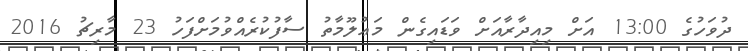
ދުވަހުގެ 13:00 އަށް މިއިދާރާއަށް ވަޑައިގެން މަޢުލޫމާތު ސާފުކުރެއްވުމަށްފަހު 23 މާރިޗު 2016